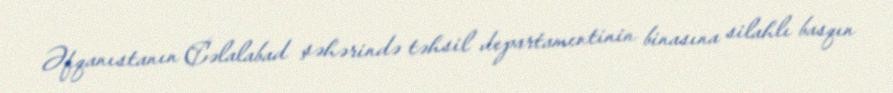
Əfqanıstanın Cəlalabad şəhərində təhsil departamentinin binasına silahlı basqın